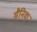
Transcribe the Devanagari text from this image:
सैनिक्